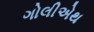
ગોલીએથ